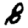
Digit: 8